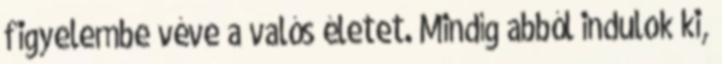
figyelembe véve a valós életet. Mindíg abból indulok ki,